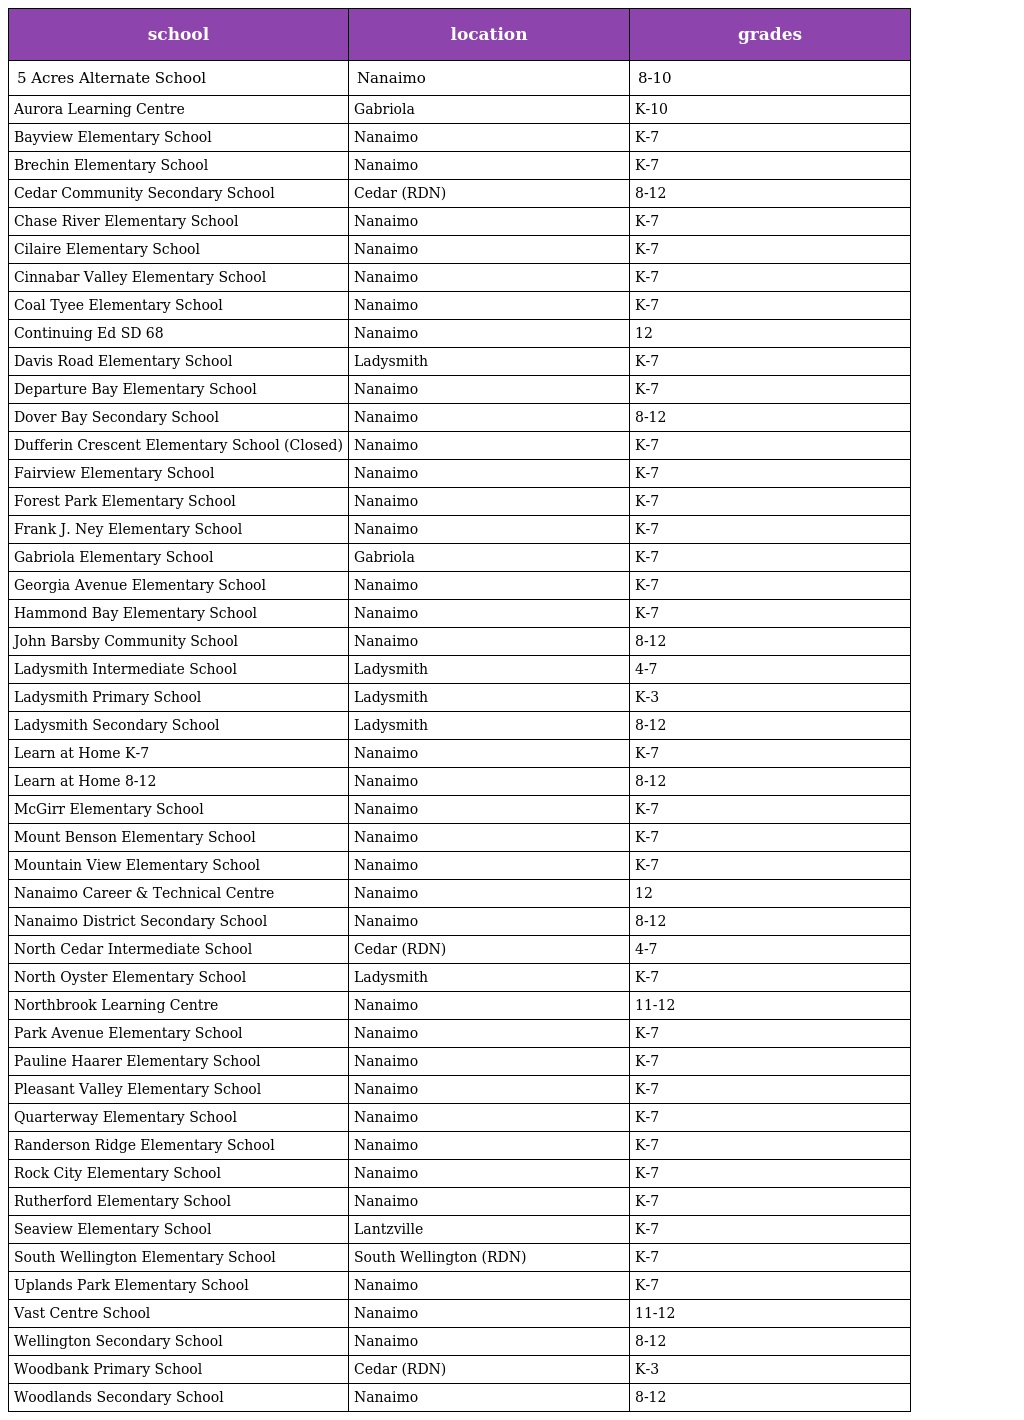
| school | location | grades |
 | --- | --- | --- |
 | 5 Acres Alternate School | Nanaimo | 8-10 |
 | Aurora Learning Centre | Gabriola | K-10 |
 | Bayview Elementary School | Nanaimo | K-7 |
 | Brechin Elementary School | Nanaimo | K-7 |
 | Cedar Community Secondary School | Cedar (RDN) | 8-12 |
 | Chase River Elementary School | Nanaimo | K-7 |
 | Cilaire Elementary School | Nanaimo | K-7 |
 | Cinnabar Valley Elementary School | Nanaimo | K-7 |
 | Coal Tyee Elementary School | Nanaimo | K-7 |
 | Continuing Ed SD 68 | Nanaimo | 12 |
 | Davis Road Elementary School | Ladysmith | K-7 |
 | Departure Bay Elementary School | Nanaimo | K-7 |
 | Dover Bay Secondary School | Nanaimo | 8-12 |
 | Dufferin Crescent Elementary School (Closed) | Nanaimo | K-7 |
 | Fairview Elementary School | Nanaimo | K-7 |
 | Forest Park Elementary School | Nanaimo | K-7 |
 | Frank J. Ney Elementary School | Nanaimo | K-7 |
 | Gabriola Elementary School | Gabriola | K-7 |
 | Georgia Avenue Elementary School | Nanaimo | K-7 |
 | Hammond Bay Elementary School | Nanaimo | K-7 |
 | John Barsby Community School | Nanaimo | 8-12 |
 | Ladysmith Intermediate School | Ladysmith | 4-7 |
 | Ladysmith Primary School | Ladysmith | K-3 |
 | Ladysmith Secondary School | Ladysmith | 8-12 |
 | Learn at Home K-7 | Nanaimo | K-7 |
 | Learn at Home 8-12 | Nanaimo | 8-12 |
 | McGirr Elementary School | Nanaimo | K-7 |
 | Mount Benson Elementary School | Nanaimo | K-7 |
 | Mountain View Elementary School | Nanaimo | K-7 |
 | Nanaimo Career & Technical Centre | Nanaimo | 12 |
 | Nanaimo District Secondary School | Nanaimo | 8-12 |
 | North Cedar Intermediate School | Cedar (RDN) | 4-7 |
 | North Oyster Elementary School | Ladysmith | K-7 |
 | Northbrook Learning Centre | Nanaimo | 11-12 |
 | Park Avenue Elementary School | Nanaimo | K-7 |
 | Pauline Haarer Elementary School | Nanaimo | K-7 |
 | Pleasant Valley Elementary School | Nanaimo | K-7 |
 | Quarterway Elementary School | Nanaimo | K-7 |
 | Randerson Ridge Elementary School | Nanaimo | K-7 |
 | Rock City Elementary School | Nanaimo | K-7 |
 | Rutherford Elementary School | Nanaimo | K-7 |
 | Seaview Elementary School | Lantzville | K-7 |
 | South Wellington Elementary School | South Wellington (RDN) | K-7 |
 | Uplands Park Elementary School | Nanaimo | K-7 |
 | Vast Centre School | Nanaimo | 11-12 |
 | Wellington Secondary School | Nanaimo | 8-12 |
 | Woodbank Primary School | Cedar (RDN) | K-3 |
 | Woodlands Secondary School | Nanaimo | 8-12 |